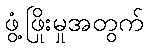
ဖွံ့ဖြိုးမှုအတွက်